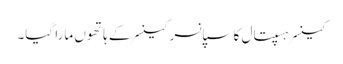
کینسر ہسپتال کا سپانسر کینسر کے ہاتھوں مارا گیا۔